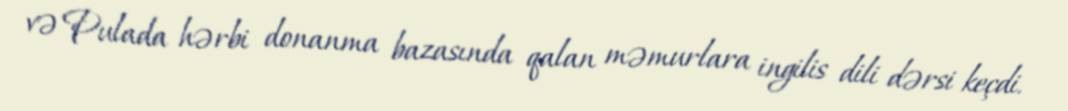
və Pulada hərbi donanma bazasında qalan məmurlara ingilis dili dərsi keçdi.